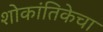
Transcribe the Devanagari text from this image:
शोकांतिकेचा